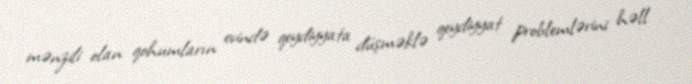
mənzili olan qohumların evində qeydiyyata düşməklə qeydiyyat problemlərini həll